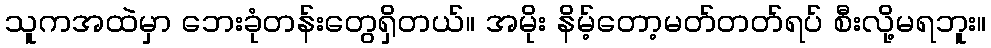
သူကအထဲမှာ ဘေးခုံတန်းတွေရှိတယ်။ အမိုး နိမ့်တော့မတ်တတ်ရပ် စီးလို့မရဘူး။